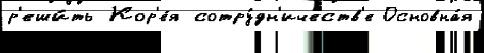
р'еши́ть Кор'е́я сотру́дн'ичеств'е Основна́я